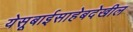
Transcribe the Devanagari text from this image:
येसूबाईसाहेबदेखील